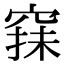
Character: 𥦤